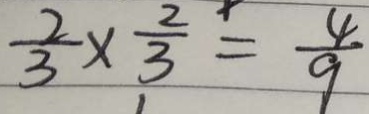
\frac { 2 } { 3 } \times \frac { 2 } { 3 } = \frac { 4 } { 9 }